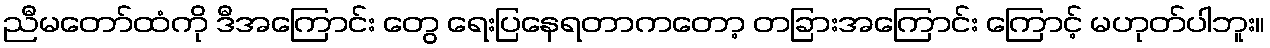
ညီမတော်ထံကို ဒီအကြောင်း တွေ ရေးပြနေရတာကတော့ တခြားအကြောင်း ကြောင့် မဟုတ်ပါဘူး။